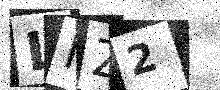
Text: LMZ2